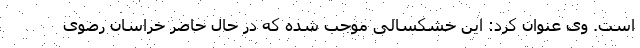
است. وی عنوان کرد: این خشکسالی‌ موجب شده که در حال حاضر خراسان رضوی